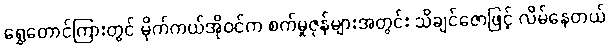
ရွှေတောင်ကြားတွင် မိုက်ကယ်အိုဝင်က စက်မှုဇုန်များအတွင်း သိချင်ဇောဖြင့် လိမ်နေတယ်